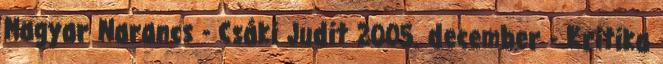
Magyar Narancs - Csáki Judit 2005. december - Kritika